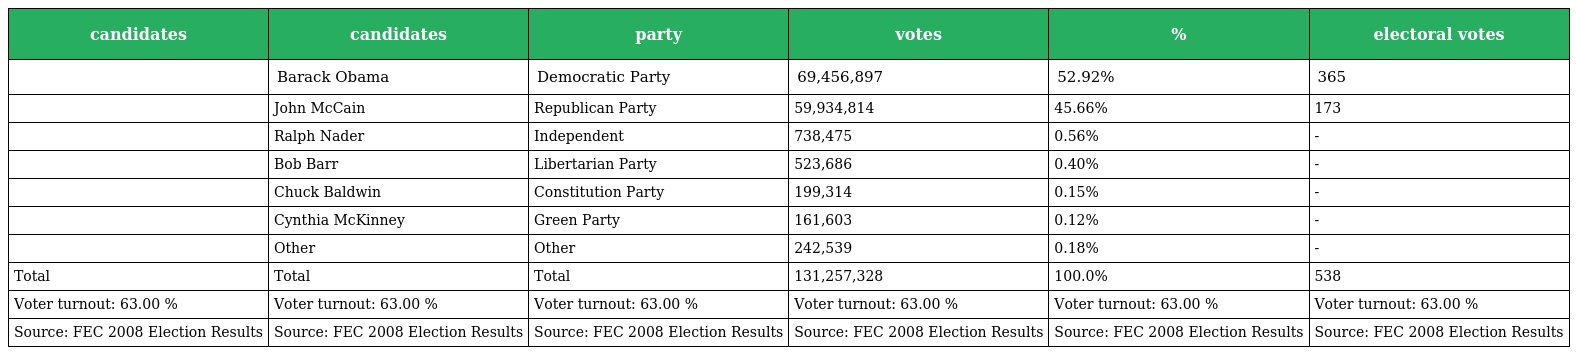
| candidates | candidates | party | votes | % | electoral votes |
 | --- | --- | --- | --- | --- | --- |
 |  | Barack Obama | Democratic Party | 69,456,897 | 52.92% | 365 |
 |  | John McCain | Republican Party | 59,934,814 | 45.66% | 173 |
 |  | Ralph Nader | Independent | 738,475 | 0.56% | - |
 |  | Bob Barr | Libertarian Party | 523,686 | 0.40% | - |
 |  | Chuck Baldwin | Constitution Party | 199,314 | 0.15% | - |
 |  | Cynthia McKinney | Green Party | 161,603 | 0.12% | - |
 |  | Other | Other | 242,539 | 0.18% | - |
 | Total | Total | Total | 131,257,328 | 100.0% | 538 |
 | Voter turnout: 63.00 % | Voter turnout: 63.00 % | Voter turnout: 63.00 % | Voter turnout: 63.00 % | Voter turnout: 63.00 % | Voter turnout: 63.00 % |
 | Source: FEC 2008 Election Results | Source: FEC 2008 Election Results | Source: FEC 2008 Election Results | Source: FEC 2008 Election Results | Source: FEC 2008 Election Results | Source: FEC 2008 Election Results |